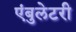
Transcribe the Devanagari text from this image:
एंबुलेटरी